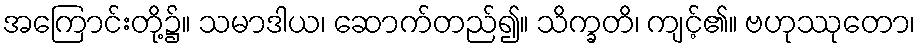
အကြောင်းတို့၌။ သမာဒါယ၊ ဆောက်တည်၍။ သိက္ခတိ၊ ကျင့်၏။ ဗဟုဿုတော၊